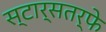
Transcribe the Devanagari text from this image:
स्टार्सतर्फे